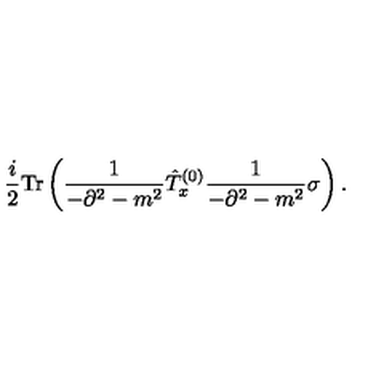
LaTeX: \frac { i } { 2 } \mathrm { T r } \left( \frac { 1 } { - \partial ^ { 2 } - m ^ { 2 } } \hat { T } _ { x } ^ { ( 0 ) } \frac { 1 } { - \partial ^ { 2 } - m ^ { 2 } } \sigma \right) .